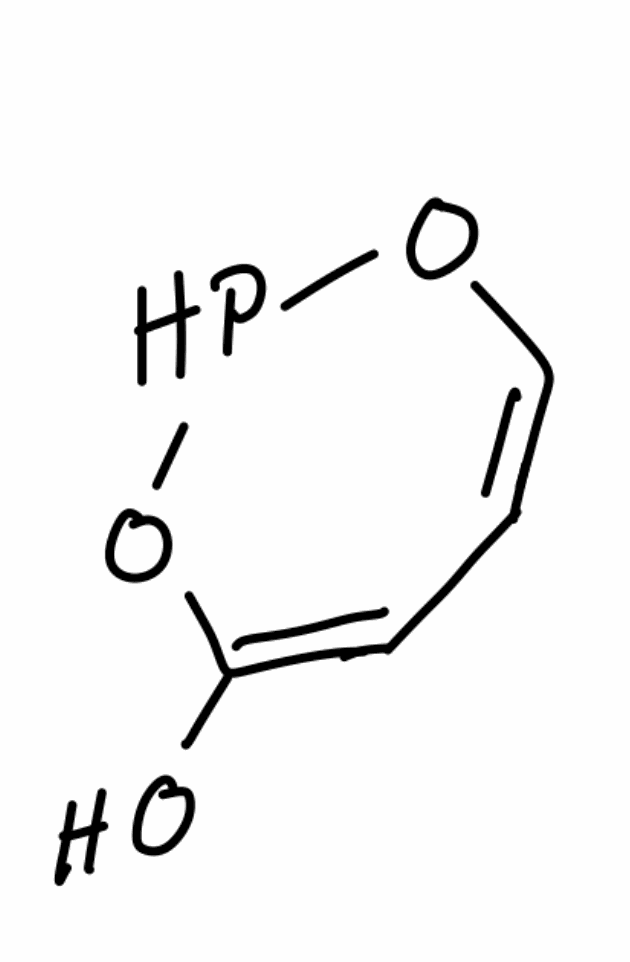
Simplified molecular-input line-entry system (SMILES) notation of the given molecule:
C1=COPOC(=C1)O